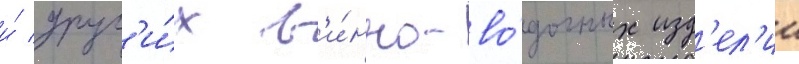
и́ друг'и́х в'и́нно-во́дочных изд'ел'ии